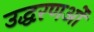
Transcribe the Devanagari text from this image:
उद्धरणओं